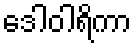
ဒေါဝါရိကာ